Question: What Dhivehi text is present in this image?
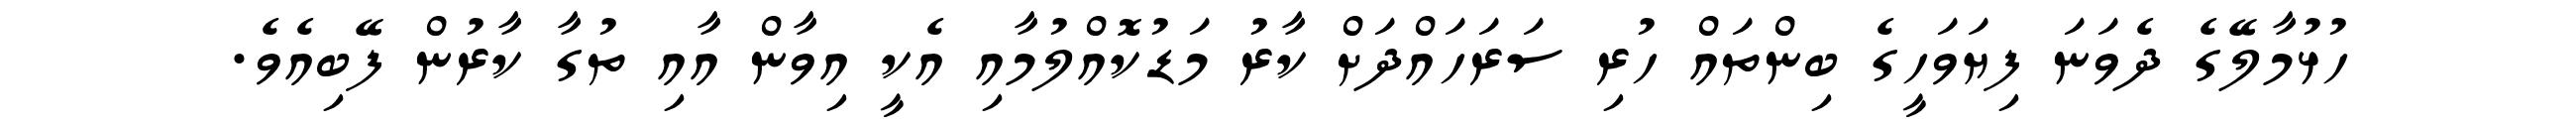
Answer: ހުޅުމާލޭގެ ދެވަނަ ފިޔަވަހީގެ ބިންތައް ހުރި ސަރަހައްދަށް ކާރު މަޑުކޮއްލުމާއި އެކީ އިވާން އާއި ތުގާ ކާރުން ފޭބިއެވެ.